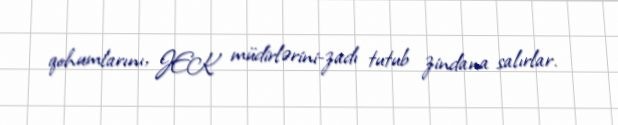
qohumlarını, JEK müdirlərini-zadı tutub zindana salırlar.